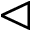
\vartriangleleft